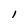
Character: l